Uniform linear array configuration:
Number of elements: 64
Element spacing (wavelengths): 0.75
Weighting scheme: binomial
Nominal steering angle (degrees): -30
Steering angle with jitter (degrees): -28.172
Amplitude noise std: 0.05
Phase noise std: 0.05

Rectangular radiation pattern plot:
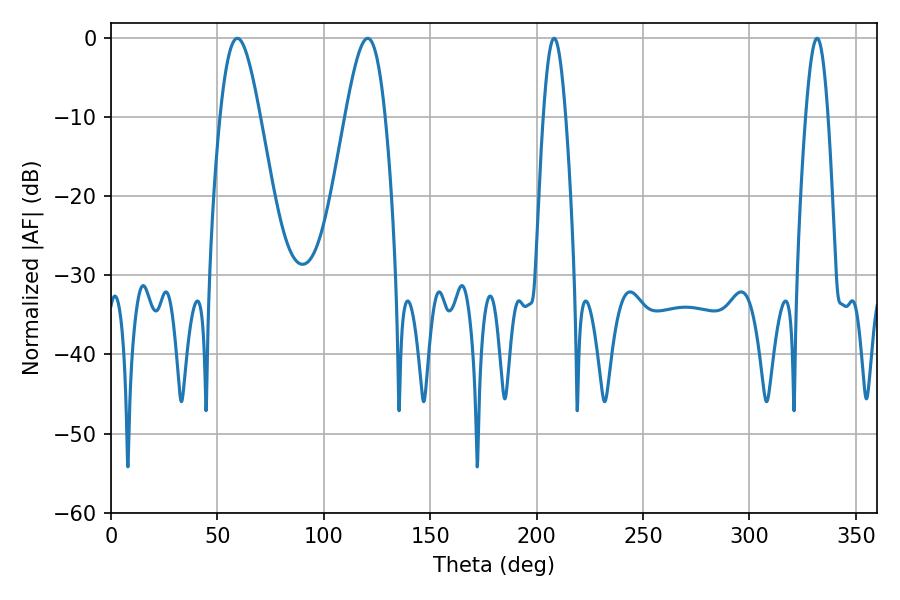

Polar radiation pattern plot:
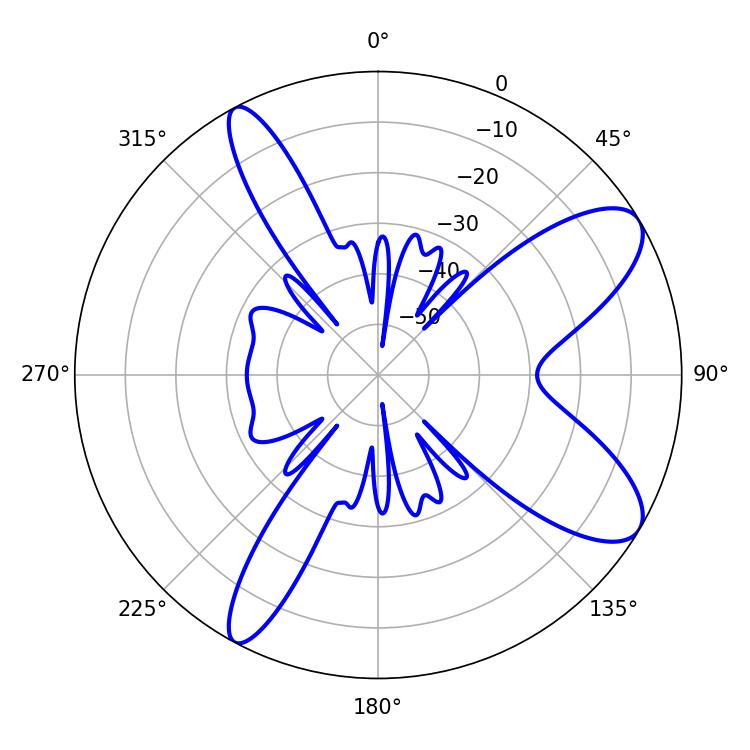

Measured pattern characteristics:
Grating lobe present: TRUE
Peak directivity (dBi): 9.376
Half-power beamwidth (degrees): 10.08
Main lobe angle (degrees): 59.4